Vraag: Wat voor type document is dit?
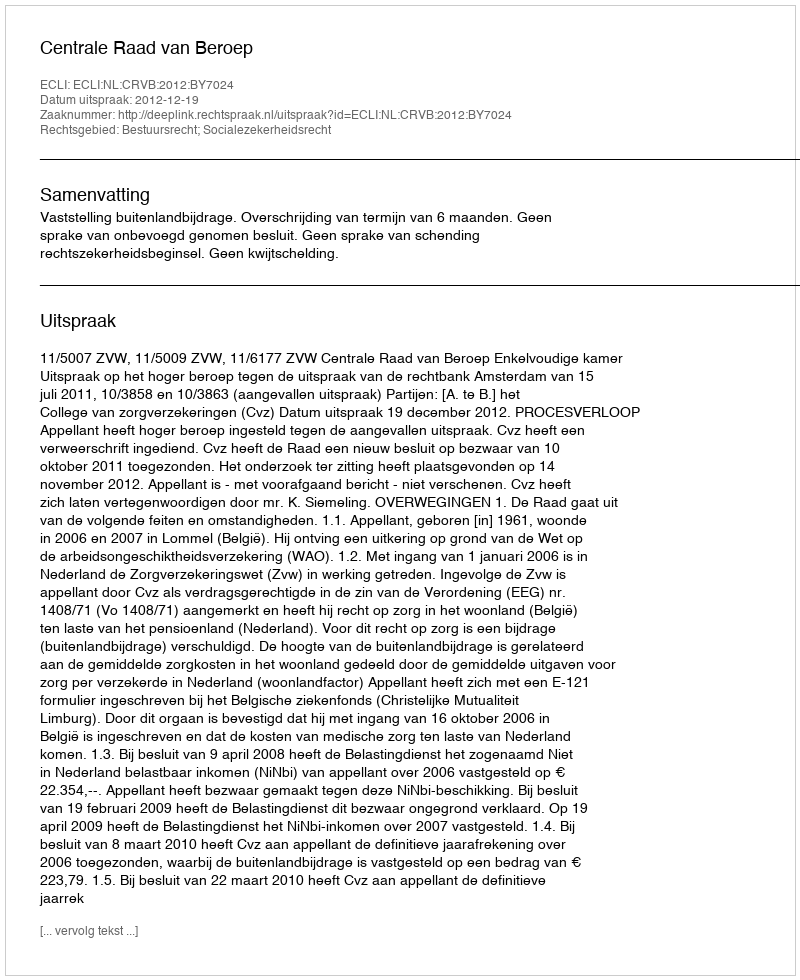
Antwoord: Uitspraak